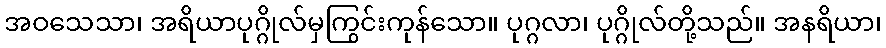
အဝသေသာ၊ အရိယာပုဂ္ဂိုလ်မှကြွင်းကုန်သော။ ပုဂ္ဂလာ၊ ပုဂ္ဂိုလ်တို့သည်။ အနရိယာ၊